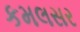
કમલસર